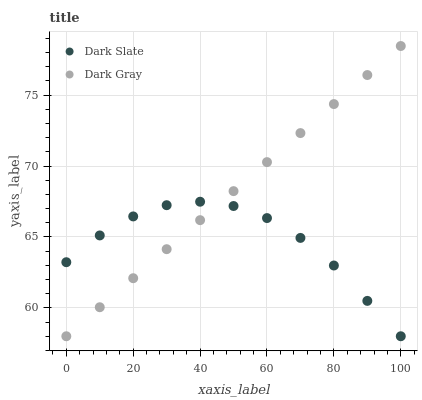
| xaxis_label | Dark Slate | Dark Gray |
 | --- | --- | --- |
 | 0 | 63.2 | 58 |
 | 10 | 65.1 | 60 |
 | 20 | 66.4 | 62.1 |
 | 30 | 67.2 | 64.1 |
 | 40 | 67.5 | 66.2 |
 | 50 | 67.2 | 68.2 |
 | 60 | 66.3 | 70.3 |
 | 70 | 64.9 | 72.3 |
 | 80 | 63 | 74.4 |
 | 90 | 60.5 | 76.4 |
 | 100 | 58 | 78.5 |